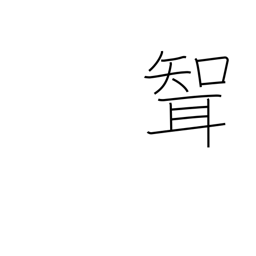
Meaning: son-in-law